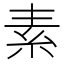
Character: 素